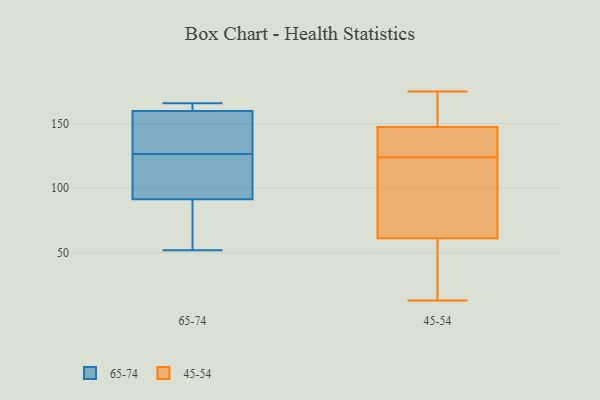
{"axis": {"x": "LTV (USD)", "y": "Value"}, "legend": ["45-54", "65-74"], "data": [{"x": "", "y": 81, "type": "65-74"}, {"x": "", "y": 166, "type": "65-74"}, {"x": "", "y": 104, "type": "65-74"}, {"x": "", "y": 60, "type": "65-74"}, {"x": "", "y": 52, "type": "65-74"}, {"x": "", "y": 166, "type": "65-74"}, {"x": "", "y": 130, "type": "65-74"}, {"x": "", "y": 131, "type": "65-74"}, {"x": "", "y": 102, "type": "65-74"}, {"x": "", "y": 155, "type": "65-74"}, {"x": "", "y": 165, "type": "65-74"}, {"x": "", "y": 123, "type": "65-74"}, {"x": "", "y": 133, "type": "45-54"}, {"x": "", "y": 175, "type": "45-54"}, {"x": "", "y": 153, "type": "45-54"}, {"x": "", "y": 142, "type": "45-54"}, {"x": "", "y": 62, "type": "45-54"}, {"x": "", "y": 98, "type": "45-54"}, {"x": "", "y": 64, "type": "45-54"}, {"x": "", "y": 149, "type": "45-54"}, {"x": "", "y": 83, "type": "45-54"}, {"x": "", "y": 147, "type": "45-54"}, {"x": "", "y": 25, "type": "45-54"}, {"x": "", "y": 124, "type": "45-54"}, {"x": "", "y": 59, "type": "45-54"}, {"x": "", "y": 58, "type": "45-54"}, {"x": "", "y": 128, "type": "45-54"}, {"x": "", "y": 175, "type": "45-54"}, {"x": "", "y": 13, "type": "45-54"}]}